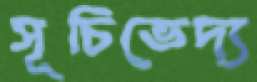
সূচিভেদ্য